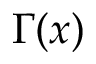
\Gamma ( x )